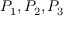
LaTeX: P _ { 1 } , P _ { 2 } , P _ { 3 }